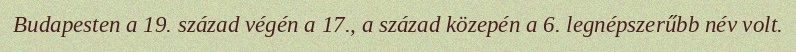
Budapesten a 19. század végén a 17., a század közepén a 6. legnépszerűbb név volt.